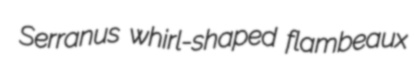
Serranus whirl-shaped flambeaux